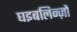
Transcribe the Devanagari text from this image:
घइबलिन्ज़ों